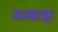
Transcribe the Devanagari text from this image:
साम्राह्य